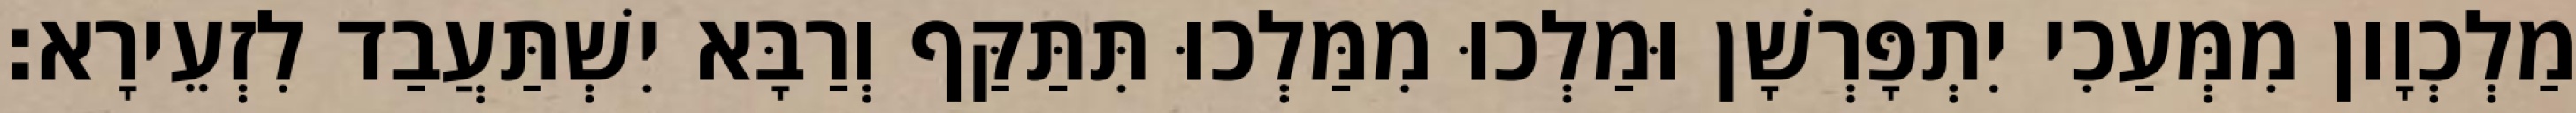
מַלְכְוָון מִמְּעַכִי יִתְפָּרְשָׁן וּמַלְכוּ מִמַּלְכוּ תִּתַּקַּף וְרַבָּא יִשְׁתַּעֲבַד לִזְעֵירָא׃